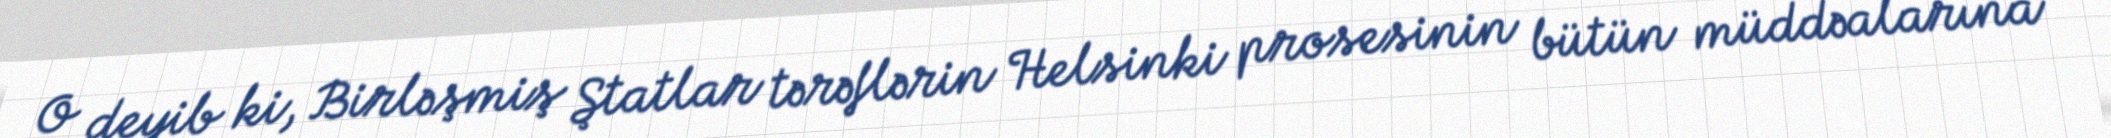
O deyib ki, Birləşmiş Ştatlar tərəflərin Helsinki prosesinin bütün müddəalarına